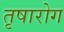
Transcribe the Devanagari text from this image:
तृषारोग